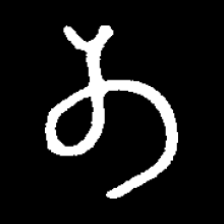
Pyu character \u2014 Myanmar letter: တ (romanized: ta)